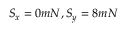
S _ { x } = 0 m N , S _ { y } = 8 m N